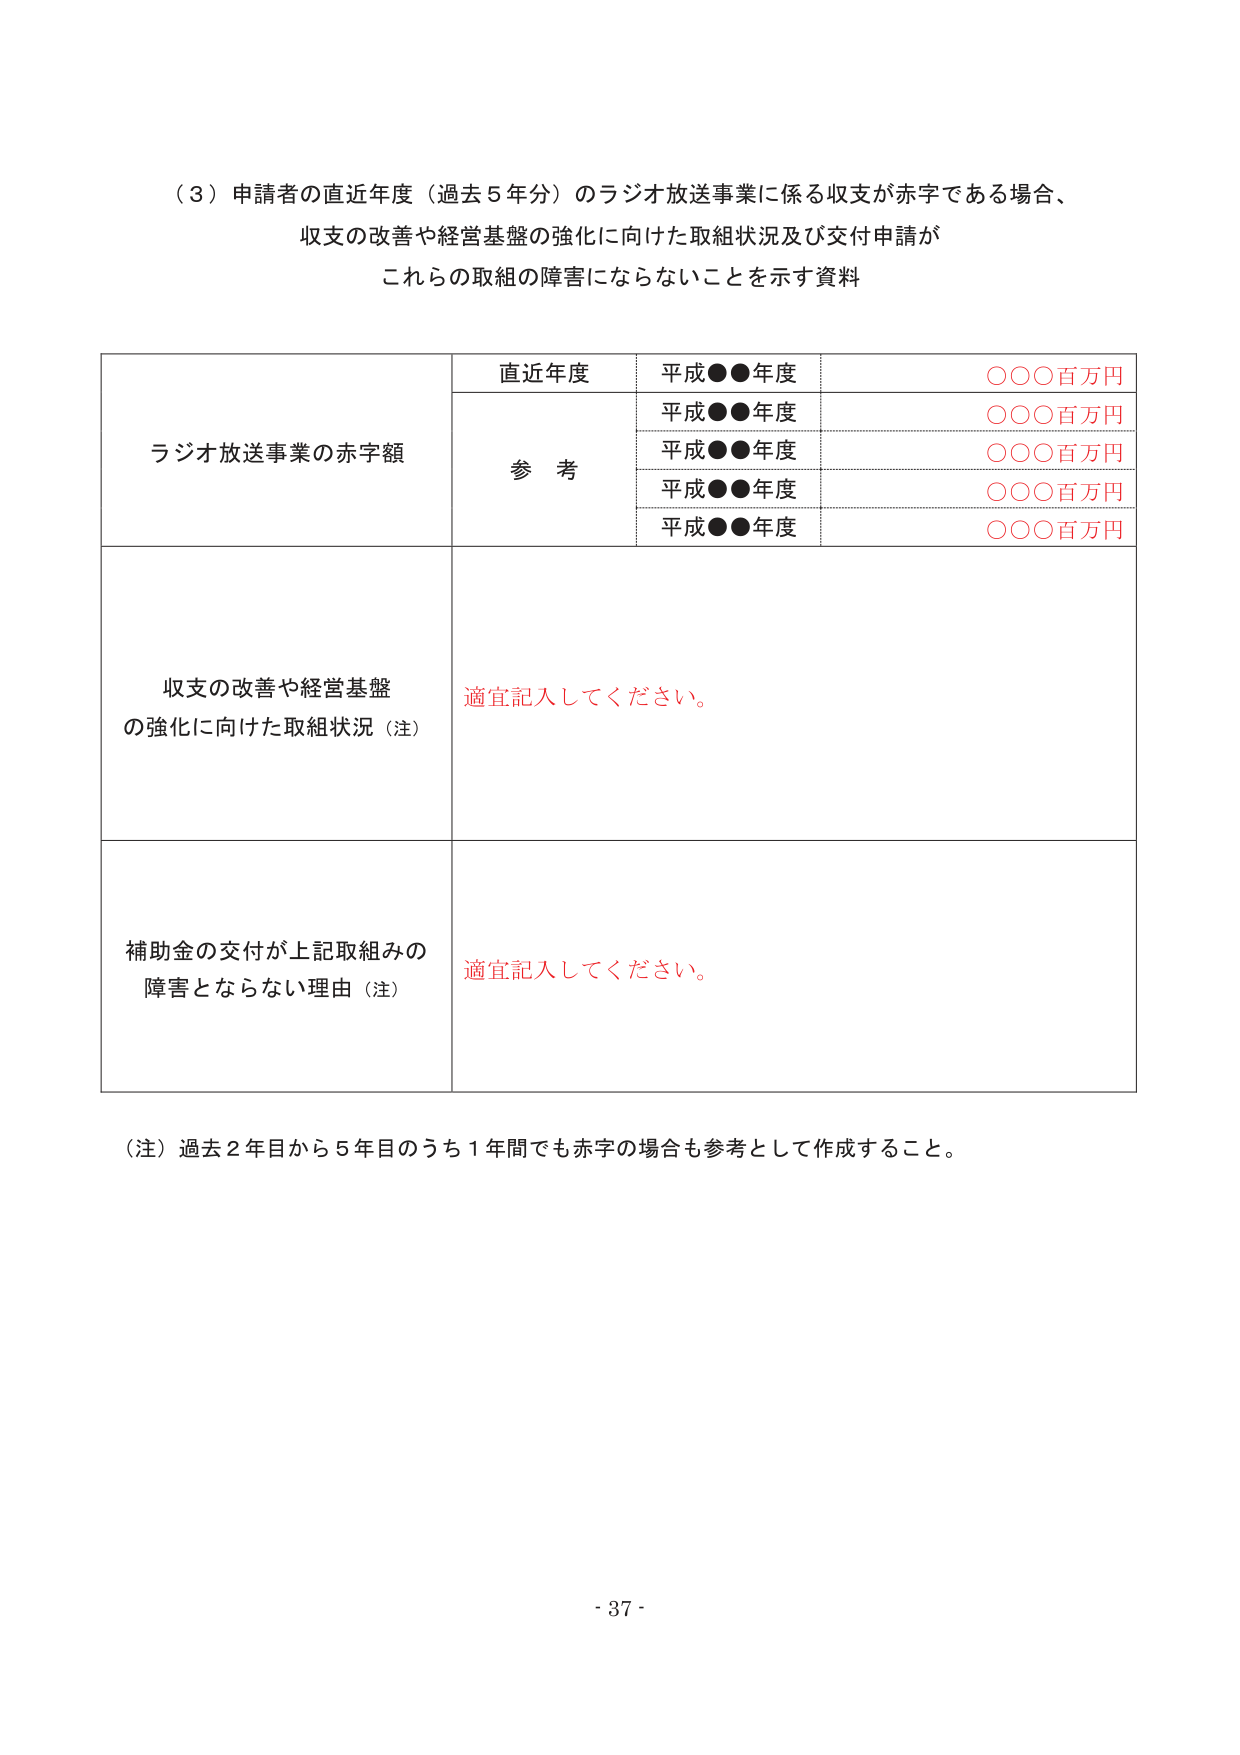
（３）申請者の直近年度（過去５年分）のラジオ放送事業に係る収支が赤字である場合、
収支の改善や経営基盤の強化に向けた取組状況及び交付申請が
これらの取組の障害にならないことを示す資料

ラジオ放送事業の赤字額
直近年度
平成●●年度
○○○百万円
参 考
平成●●年度
○○○百万円
平成●●年度
○○○百万円
平成●●年度
○○○百万円
平成●●年度
○○○百万円

収支の改善や経営基盤
の強化に向けた取組状況（注）
適宜記入してください。

補助金の交付が上記取組みの
障害とならない理由（注）
適宜記入してください。

（注）過去２年目から５年目のうち１年間でも赤字の場合も参考として作成すること。

- 37 -